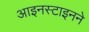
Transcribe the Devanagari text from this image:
आइनस्टाइनने